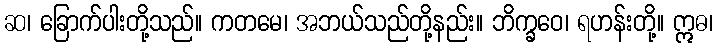
ဆ၊ ခြောက်ပါးတို့သည်။ ကတမေ၊ အဘယ်သည်တို့နည်း။ ဘိက္ခဝေ၊ ရဟန်းတို့။ ဣဓ၊